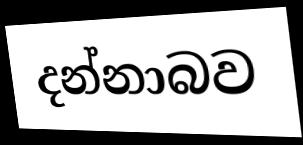
දන්නාබව